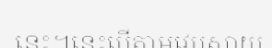
នេះ។នេះបើតាមវេបសាយ